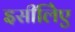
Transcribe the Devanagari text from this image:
इसीलिेए